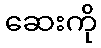
ဆေးကို